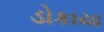
ડોકાયા